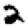
Digit: 2